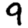
Digit: 9